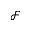
\mathcal { F }